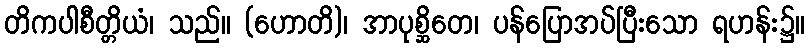
တိကပါစီတ္တိယံ၊ သည်။ (ဟောတိ)၊ အာပုစ္ဆိတေ၊ ပန်ပြောအပ်ပြီးသော ရဟန်း၌။